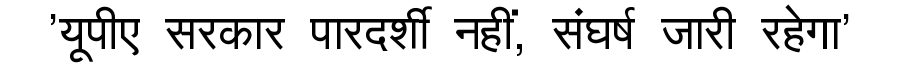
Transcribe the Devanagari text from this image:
'यूपीए सरकार पारदर्शी नहीं, संघर्ष जारी रहेगा'